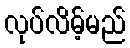
လုပ်လိမ့်မည်